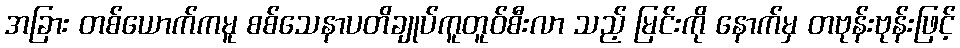
အခြား တစ်ယောက်ကမူ စစ်သေနာပတိချုပ်ကူတူဝ်စီးလာ သည့် မြင်းကို နောက်မှ တဗုန်းဗုန်းဖြင့်